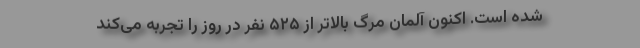
شده است. اکنون آلمان مرگ بالاتر از ۵۲۵ نفر در روز را تجربه می‌کند